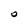
Character: O